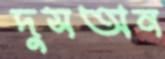
দুসঅন